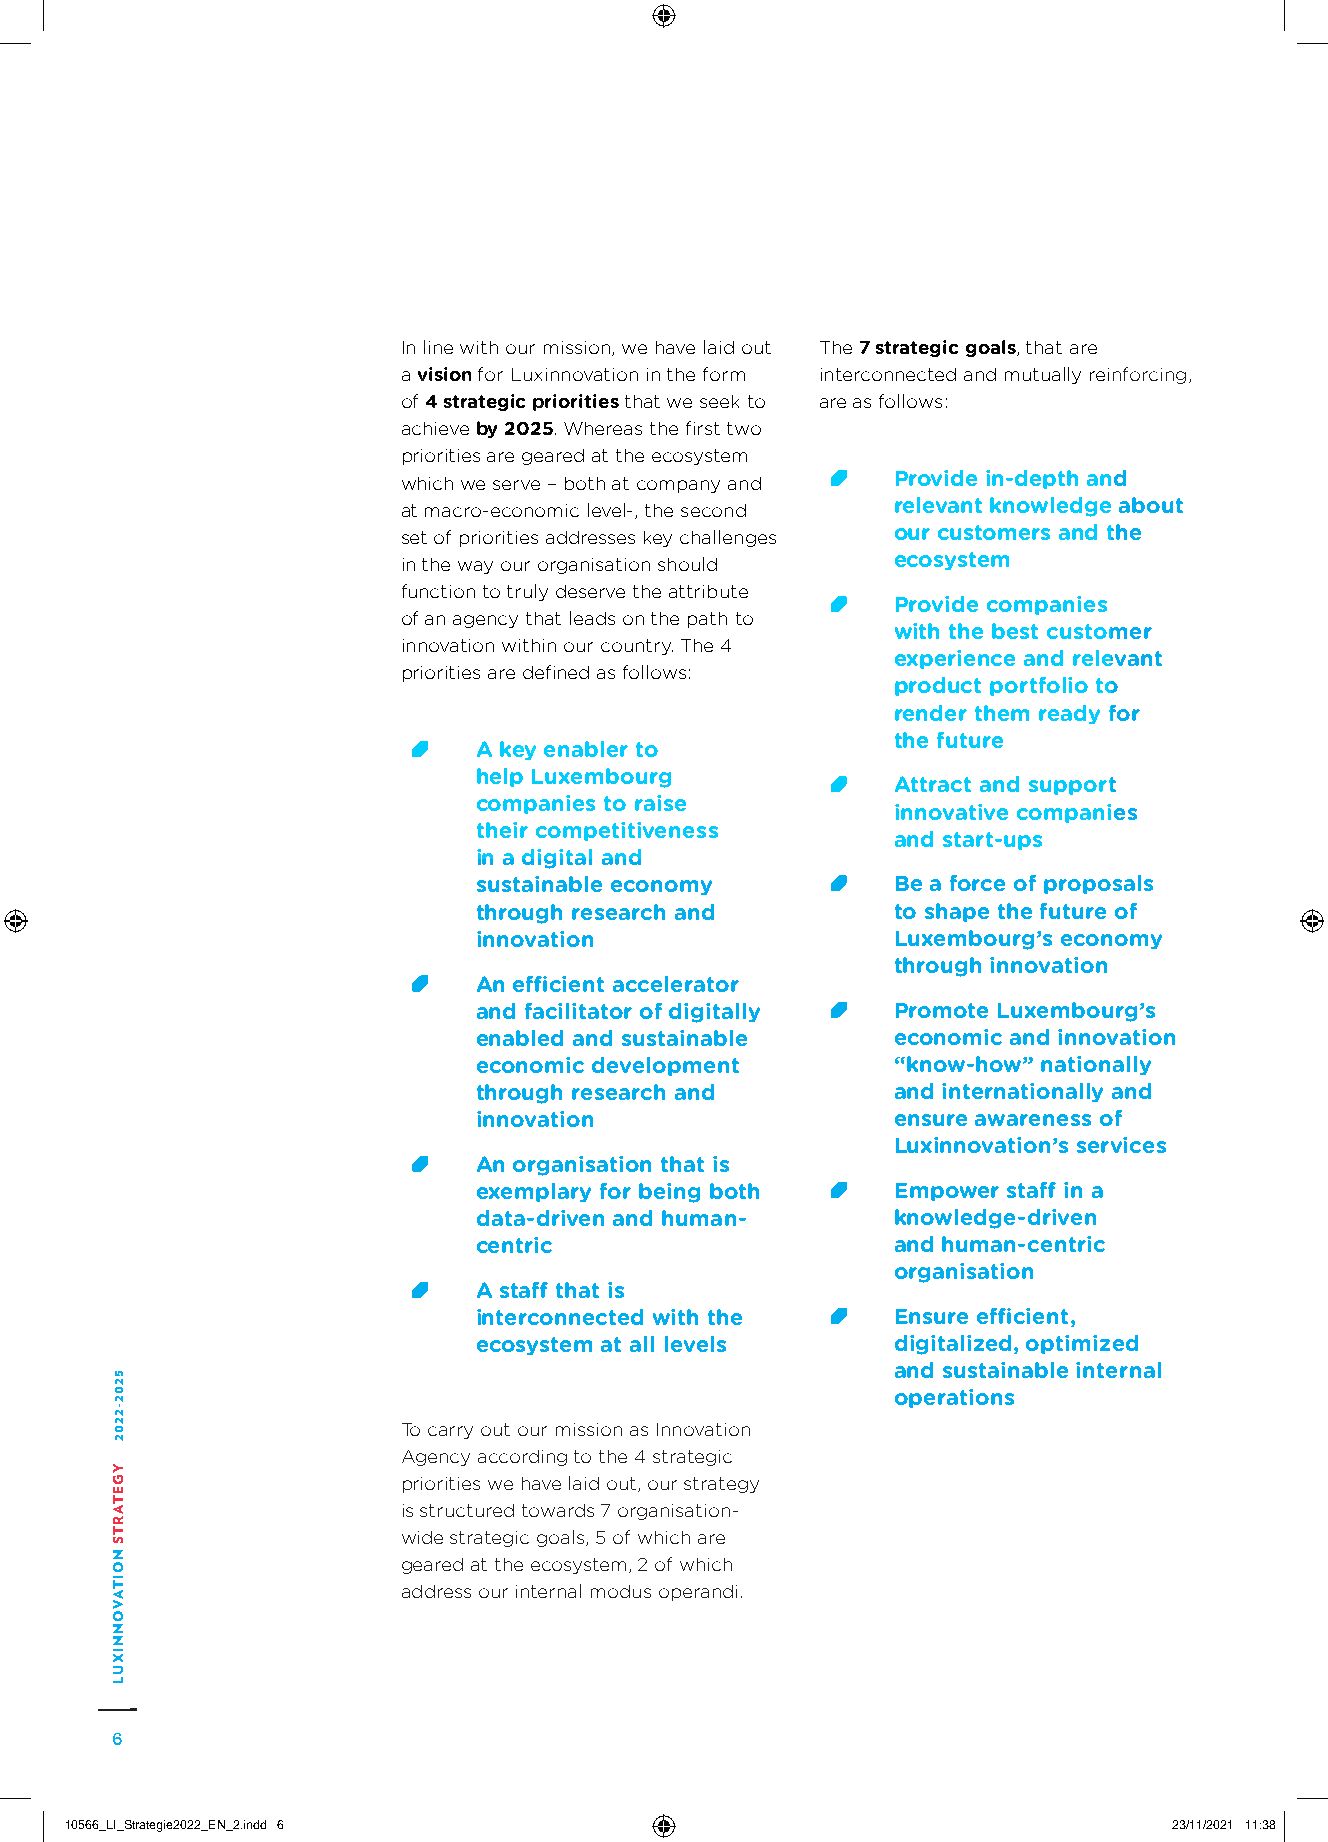
In line with our mission, we have laid out The 7 strategic goals, that are
 a vision for Luxinnovation in the form interconnected and mutually reinforcing,
 of 4 strategic priorities that we seek to are as follows:
 achieve by 2025. Whereas the first two
 priorities are geared at the ecosystem
 which we serve – both at company and Provide in-depth and
 at macro-economic level-, the second relevant knowledge about
 set of priorities addresses key challenges our customers and the
 in the way our organisation should ecosystem
 function to truly deserve the attribute
 P rovide companies
 of an agency that leads on the path to
 with the best customer
 innovation within our country. The 4
 experience and relevant
 priorities are defined as follows:
 product portfolio to
 render them ready for
 the future
 A key enabler to
 help Luxembourg
 Attract and support
 companies to raise
 innovative companies
 their competitiveness
 and start-ups
 in a digital and
 sustainable economy         Be a force of proposals
 through research and        to shape the future of
 innovation                  Luxembourg’s economy
 through innovation
 An efficient accelerator
 and facilitator of digitally P romote Luxembourg’s
 enabled and sustainable     economic and innovation
 economic development        “know-how” nationally
 through research and        and internationally and
 innovation                  ensure awareness of
 Luxinnovation’s services
 An organisation that is
 exemplary for being both    Empower staff in a
 data-driven and human-      knowledge-driven
 centric                     and human-centric
 organisation
 A staff that is
 interconnected with the     E nsure efficient,
 ecosystem at all levels     digitalized, optimized
 and sustainable internal
 operations
 To carry out our mission as Innovation
 Agency according to the 4 strategic
 priorities we have laid out, our strategy
 is structured towards 7 organisation-
 wide strategic goals, 5 of which are
 geared at the ecosystem, 2 of which
 address our internal modus operandi.
 6
 1100556666__LLII__SSttrraatteeggiiee22002222__EENN__22..iinndddd 66       2233//1111//22002211 1111::3388
 5202-2202
 YGETARTS
 NOITAVONNIXUL